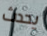
يحدث